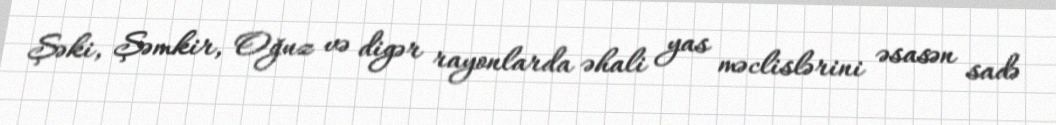
Şəki, Şəmkir, Oğuz və digər rayonlarda əhali yas məclislərini əsasən sadə